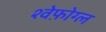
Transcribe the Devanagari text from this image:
श्वेफ़ोग्ल